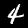
Label: 4